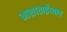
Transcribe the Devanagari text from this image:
आशाताईंच्याच